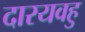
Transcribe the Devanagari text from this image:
दारयवहु